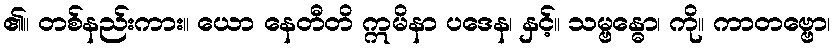
၏။ တစ်နည်းကား။ ယော နေတီတိ ဣမိနာ ပဒေန၊ နှင့်။ သမ္ဗန္ဓော၊ ကို။ ကာတဗ္ဗော၊